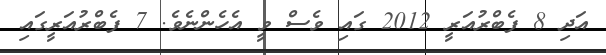
އަދި 8 ފެބްރުއަރީ 2012 ގައި ވެސް ވީ އެހެންނެވެ. 7 ފެބްރުއަރީގައި